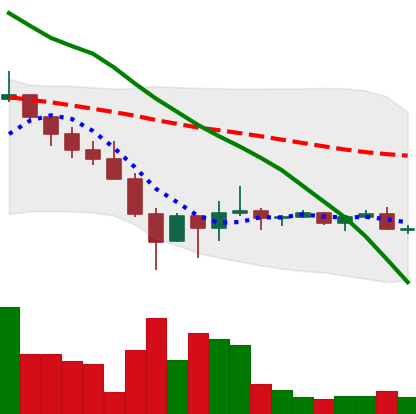
Ticker: DOGE-USD
Chart end date: 2022-02-03
Forward return: 15.169%
Label: up_7plus